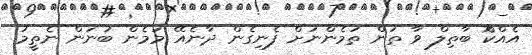
އެއްކޮް ބާތިލް ވާ ތަން ތަމެންނަށް ފެނިގެން ދާނެއޭ މަމެން ބުނަން ނެތީމު